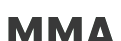
ММА